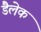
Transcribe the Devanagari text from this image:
डैलेक